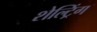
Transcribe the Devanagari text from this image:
शेल्ट्रिंग